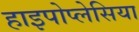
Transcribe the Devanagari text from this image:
हाइपोप्लेसिया